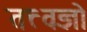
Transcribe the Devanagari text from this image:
तत्त्वज्ञो